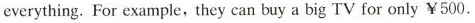
everything.For example, they can buy a big TV for only ￥500.